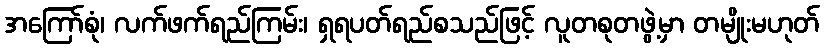
အကြော်စုံ၊ လက်ဖက်ရည်ကြမ်း၊ ရှရပတ်ရည်စသည်ဖြင့် လူတစုတဖွဲ့မှာ တမျိုးမဟုတ်